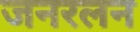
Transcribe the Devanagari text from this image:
जनरलन